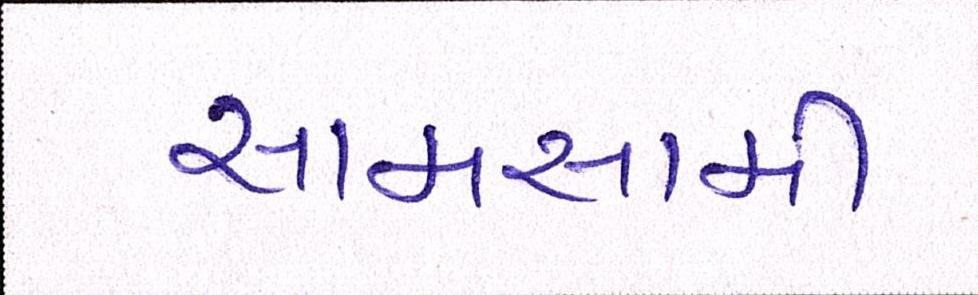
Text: સામસામી